Leaving Certificate Examination (including Day School Certificate (Higher) General paper), 1935
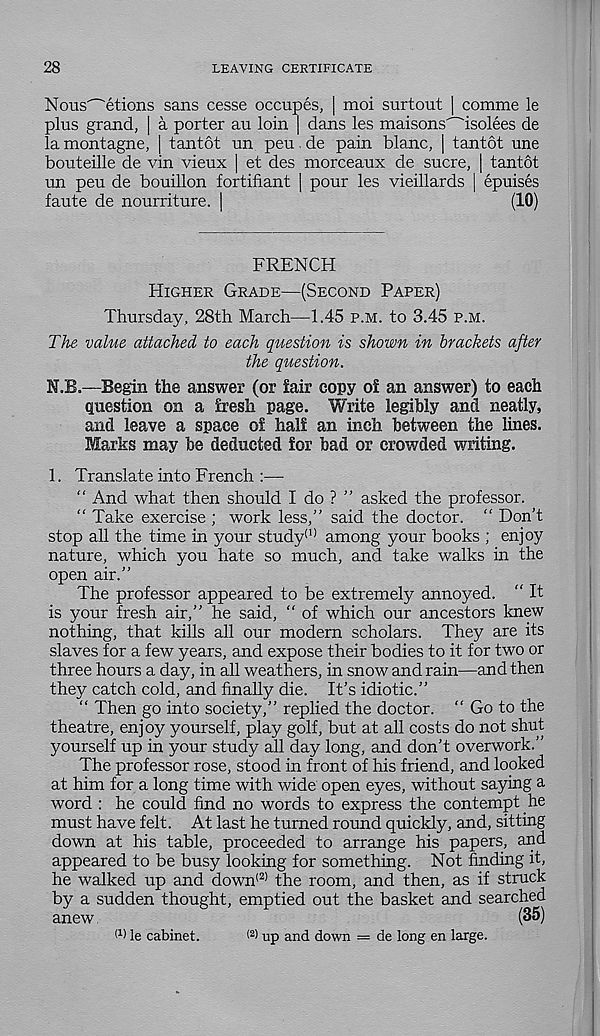
28
LEAVING CERTIFICATE
Nous^etions sans cesse occupes, | moi surtout | comme le
plus grand, | a porter au loin | dans les maisons'~'isolees de
la montagne, | tantot un pen de pain blanc, | tantot une
bouteille de vin vieux | et des morceaux de sucre, | tantot
un peu de bouillon fortifiant | pour les vieillards | epuises
faute de nourriture. I
(10)
FRENCH
HIGHER GRADE—(SECOND PAPER)
Thursday, 28th March—1.45 P.M. to 3.45 P.M.
The value attached to each question is shown in brackets after
the question.
N.B.—Begin the answer (or fair copy of an answer) to each
question on a fresh page. Write legibly and neatly,
and leave a space of half an inch between the lines.
Marks may be deducted for bad or crowded writing.
1. Translate into French :—
“ And what then should I do ? ” asked the professor.
“ Take exercise ; work less,” said the doctor. “ Don’t
stop all the time in your study* 11 among your books ; enjoy
nature, which you hate so much, and take walks in the
open air.”
The professor appeared to be extremely annoyed. “ It
is your fresh air,” he said, " of which our ancestors knew
nothing, that kills all our modern scholars. They are its
slaves for a few years, and expose their bodies to it for two or
three hours a day, in all weathers, in snow and rain—and then
they catch cold, and finally die. It’s idiotic.”
“ Then go into society,” replied the doctor. “ Go to the
theatre, enjoy yourself, play golf, but at all costs do not shut
yourself up in your study all day long, and don’t overwork.”
The professor rose, stood in front of his friend, and looked
at him for a long time with wide open eyes, without saying a
word : he could find no words to express the contempt he
must have felt. At last he turned round quickly, and, sitting
down at his table, proceeded to arrange his papers, and
appeared to be busy looking for something. Not finding it,
he walked up and down (2) the room, and then, as if struck
by a sudden thought, emptied out the basket and searched
anew
(35)
I 1 ) le cabinet.
< 2 ) up and down = de long en large.